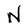
Character: N